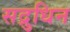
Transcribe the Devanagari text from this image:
सद्रुधिन